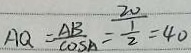
A Q = \frac { A B } { \cos A } = \frac { \frac { 2 0 } { 1 } } { 2 } = 4 0